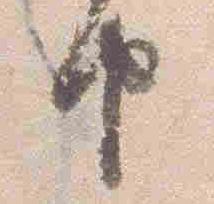
由